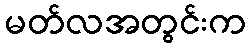
မတ်လအတွင်းက